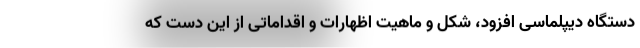
دستگاه دیپلماسی افزود، شکل و ماهیت اظهارات و اقداماتی از این دست که